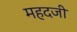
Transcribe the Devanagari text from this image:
महदजी